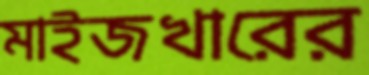
মাইজখারের